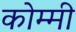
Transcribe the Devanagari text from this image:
कोम्मी